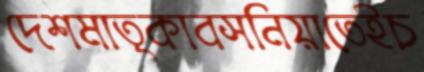
দেশমাতৃকাবসনিয়াতেইচ